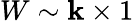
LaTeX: W\sim\mathbf{k}\times1